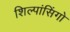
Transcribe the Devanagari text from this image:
शिल्पांसिंगो